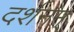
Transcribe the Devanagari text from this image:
दर्शनम्‌